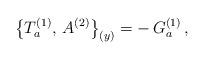
LaTeX: \begin{align*}\bigl\{T_a^{(1)},\,A^{(2)}\bigr\}_{(y)}=-\,G_a^{(1)}\,,\end{align*}